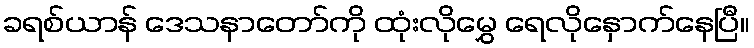
ခရစ်ယာန် ဒေသနာတော်ကို ထုံးလိုမွှေ ရေလိုနှောက်နေပြီ။